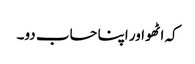
کہ اٹھو اور اپنا حساب دو۔